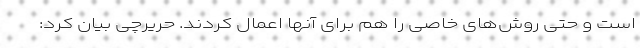
است و حتی روش‌های خاصی را هم برای آنها اعمال کردند. حریرچی بیان کرد: